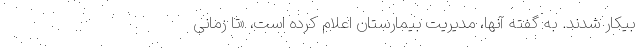
بیکار شدند. به گفته آنها، مدیریت بیمارستان اعلام کرده است، «تا زمانی